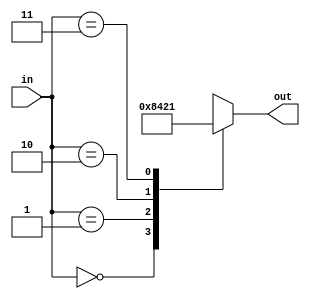
`timescale 1ns / 1ps


module decoder(
    input [1:0] in,
    output reg [3:0] out
    );
    
    always @(*) begin
        case(in)
            2'b00: out = 4'b1000;
            2'b01: out = 4'b0100;
            2'b10: out = 4'b0010;
            2'b11: out = 4'b0001;
        endcase
    end
/*    assign out = (in == 2'b00)? 4'b1000 : 0;
    assign out = (in == 2'b01)? 4'b0100 : 0;
    assign out = (in == 2'b10)? 4'b0010 : 0;
    assign out = (in == 2'b11)? 4'b0001 : 0;*/

endmodule